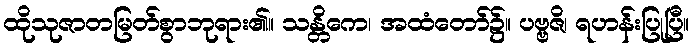
ထိုသုဇာတမြတ်စွာဘုရား၏။ သန္တိကေ၊ အထံတော်၌။ ပဗ္ဗဇိ၊ ရဟန်းပြုပြီ။